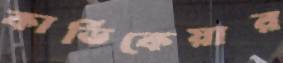
কার্ডিকেয়ার